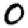
Digit: 0